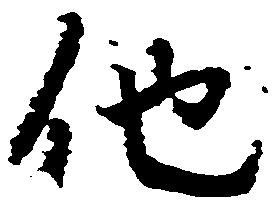
他